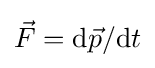
{\vec {F}}=\mathrm {d} {\vec {p}}/\mathrm {d} t